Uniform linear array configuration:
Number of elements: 12
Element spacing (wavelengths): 0.75
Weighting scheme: hann
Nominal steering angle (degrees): -45
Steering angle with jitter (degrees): -44.175
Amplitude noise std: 0.05
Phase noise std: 0.05

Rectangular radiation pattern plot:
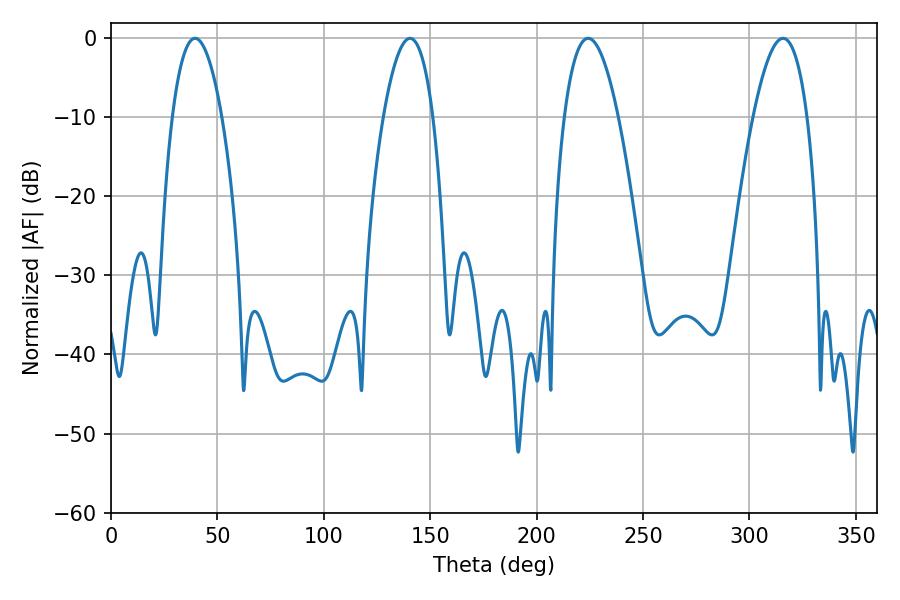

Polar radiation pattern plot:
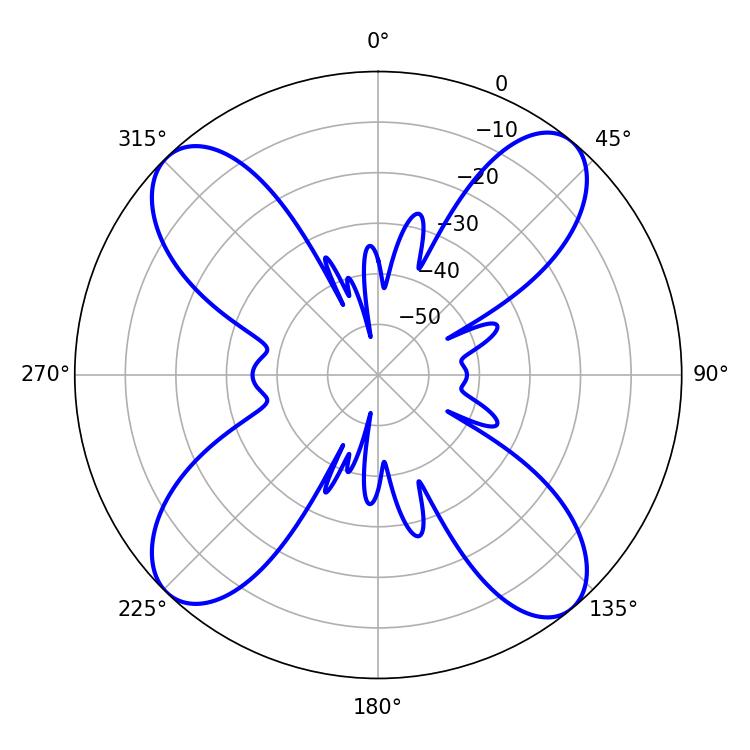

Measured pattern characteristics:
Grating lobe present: TRUE
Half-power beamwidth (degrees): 14.04
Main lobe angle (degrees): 224.28